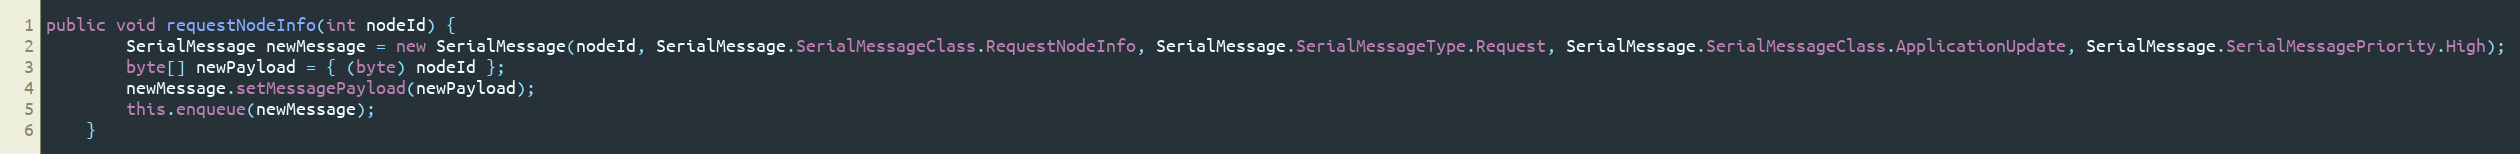
Language: Java
public void requestNodeInfo(int nodeId) {
		SerialMessage newMessage = new SerialMessage(nodeId, SerialMessage.SerialMessageClass.RequestNodeInfo, SerialMessage.SerialMessageType.Request, SerialMessage.SerialMessageClass.ApplicationUpdate, SerialMessage.SerialMessagePriority.High);
    	byte[] newPayload = { (byte) nodeId };
    	newMessage.setMessagePayload(newPayload);
    	this.enqueue(newMessage);
	}